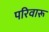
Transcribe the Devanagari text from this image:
परिवारू